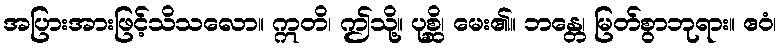
အပြားအားဖြင့်သိသလော။ ဣတိ၊ ဤသို့။ ပုစ္ဆိ၊ မေး၏။ ဘန္တေ၊ မြတ်စွာဘုရား။ ဧဝံ၊